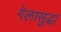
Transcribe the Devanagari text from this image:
गेलासुद्धा